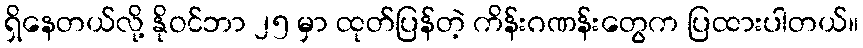
ရှိနေတယ်လို့ နိုဝင်ဘာ ၂၅ မှာ ထုတ်ပြန်တဲ့ ကိန်းဂဏန်းတွေက ပြထားပါတယ်။